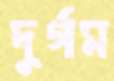
দুর্গম